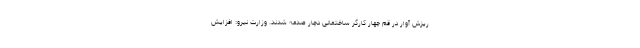
ریزش آوار در قم چهار کارگر ساختمانی دچار صدمه شدند. وزارت نیرو: افزایش